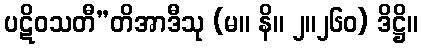
ပဋိဝသတီ”တိအာဒီသု (မ။ နိ။ ၂။၂၆၀) ဒိဋ္ဌိ။